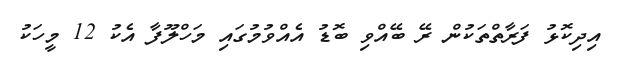
އިދިކޮޅު ފަރާތްތަކުން ރޭ ބޭއްވި ބޮޑު އެއްވުމުގައި މަހްލޫފާ އެކު 12 މީހަކު